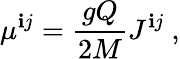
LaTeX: \mu^{\mathbf{i}j}={\frac{{gQ}}{{2M}}}J^{\mathbf{i}j}\ ,